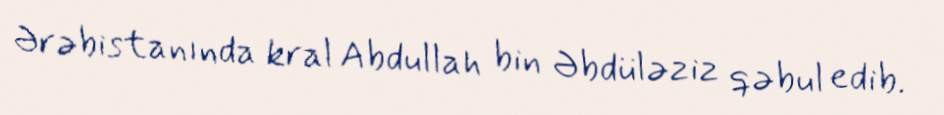
Ərəbistanında kral Abdullah bin Əbdüləziz qəbul edib.